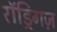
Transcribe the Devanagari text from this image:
रॉड्रिगज़